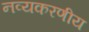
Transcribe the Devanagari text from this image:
नव्यकरणीय